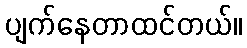
ပျက်နေတာထင်တယ်။